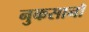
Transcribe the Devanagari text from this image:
नुकसानॉ